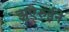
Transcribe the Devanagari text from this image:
झुएरुईने